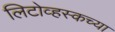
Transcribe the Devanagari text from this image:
लिटोव्हस्कच्या